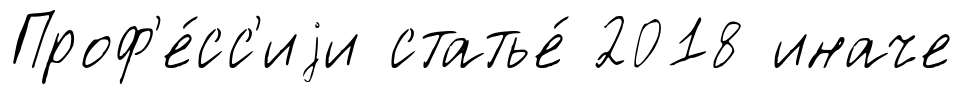
Проф'е́сс'иjи статье́ 2018 иначе